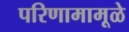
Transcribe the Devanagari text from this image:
परिणामामूळे